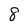
Character: 8